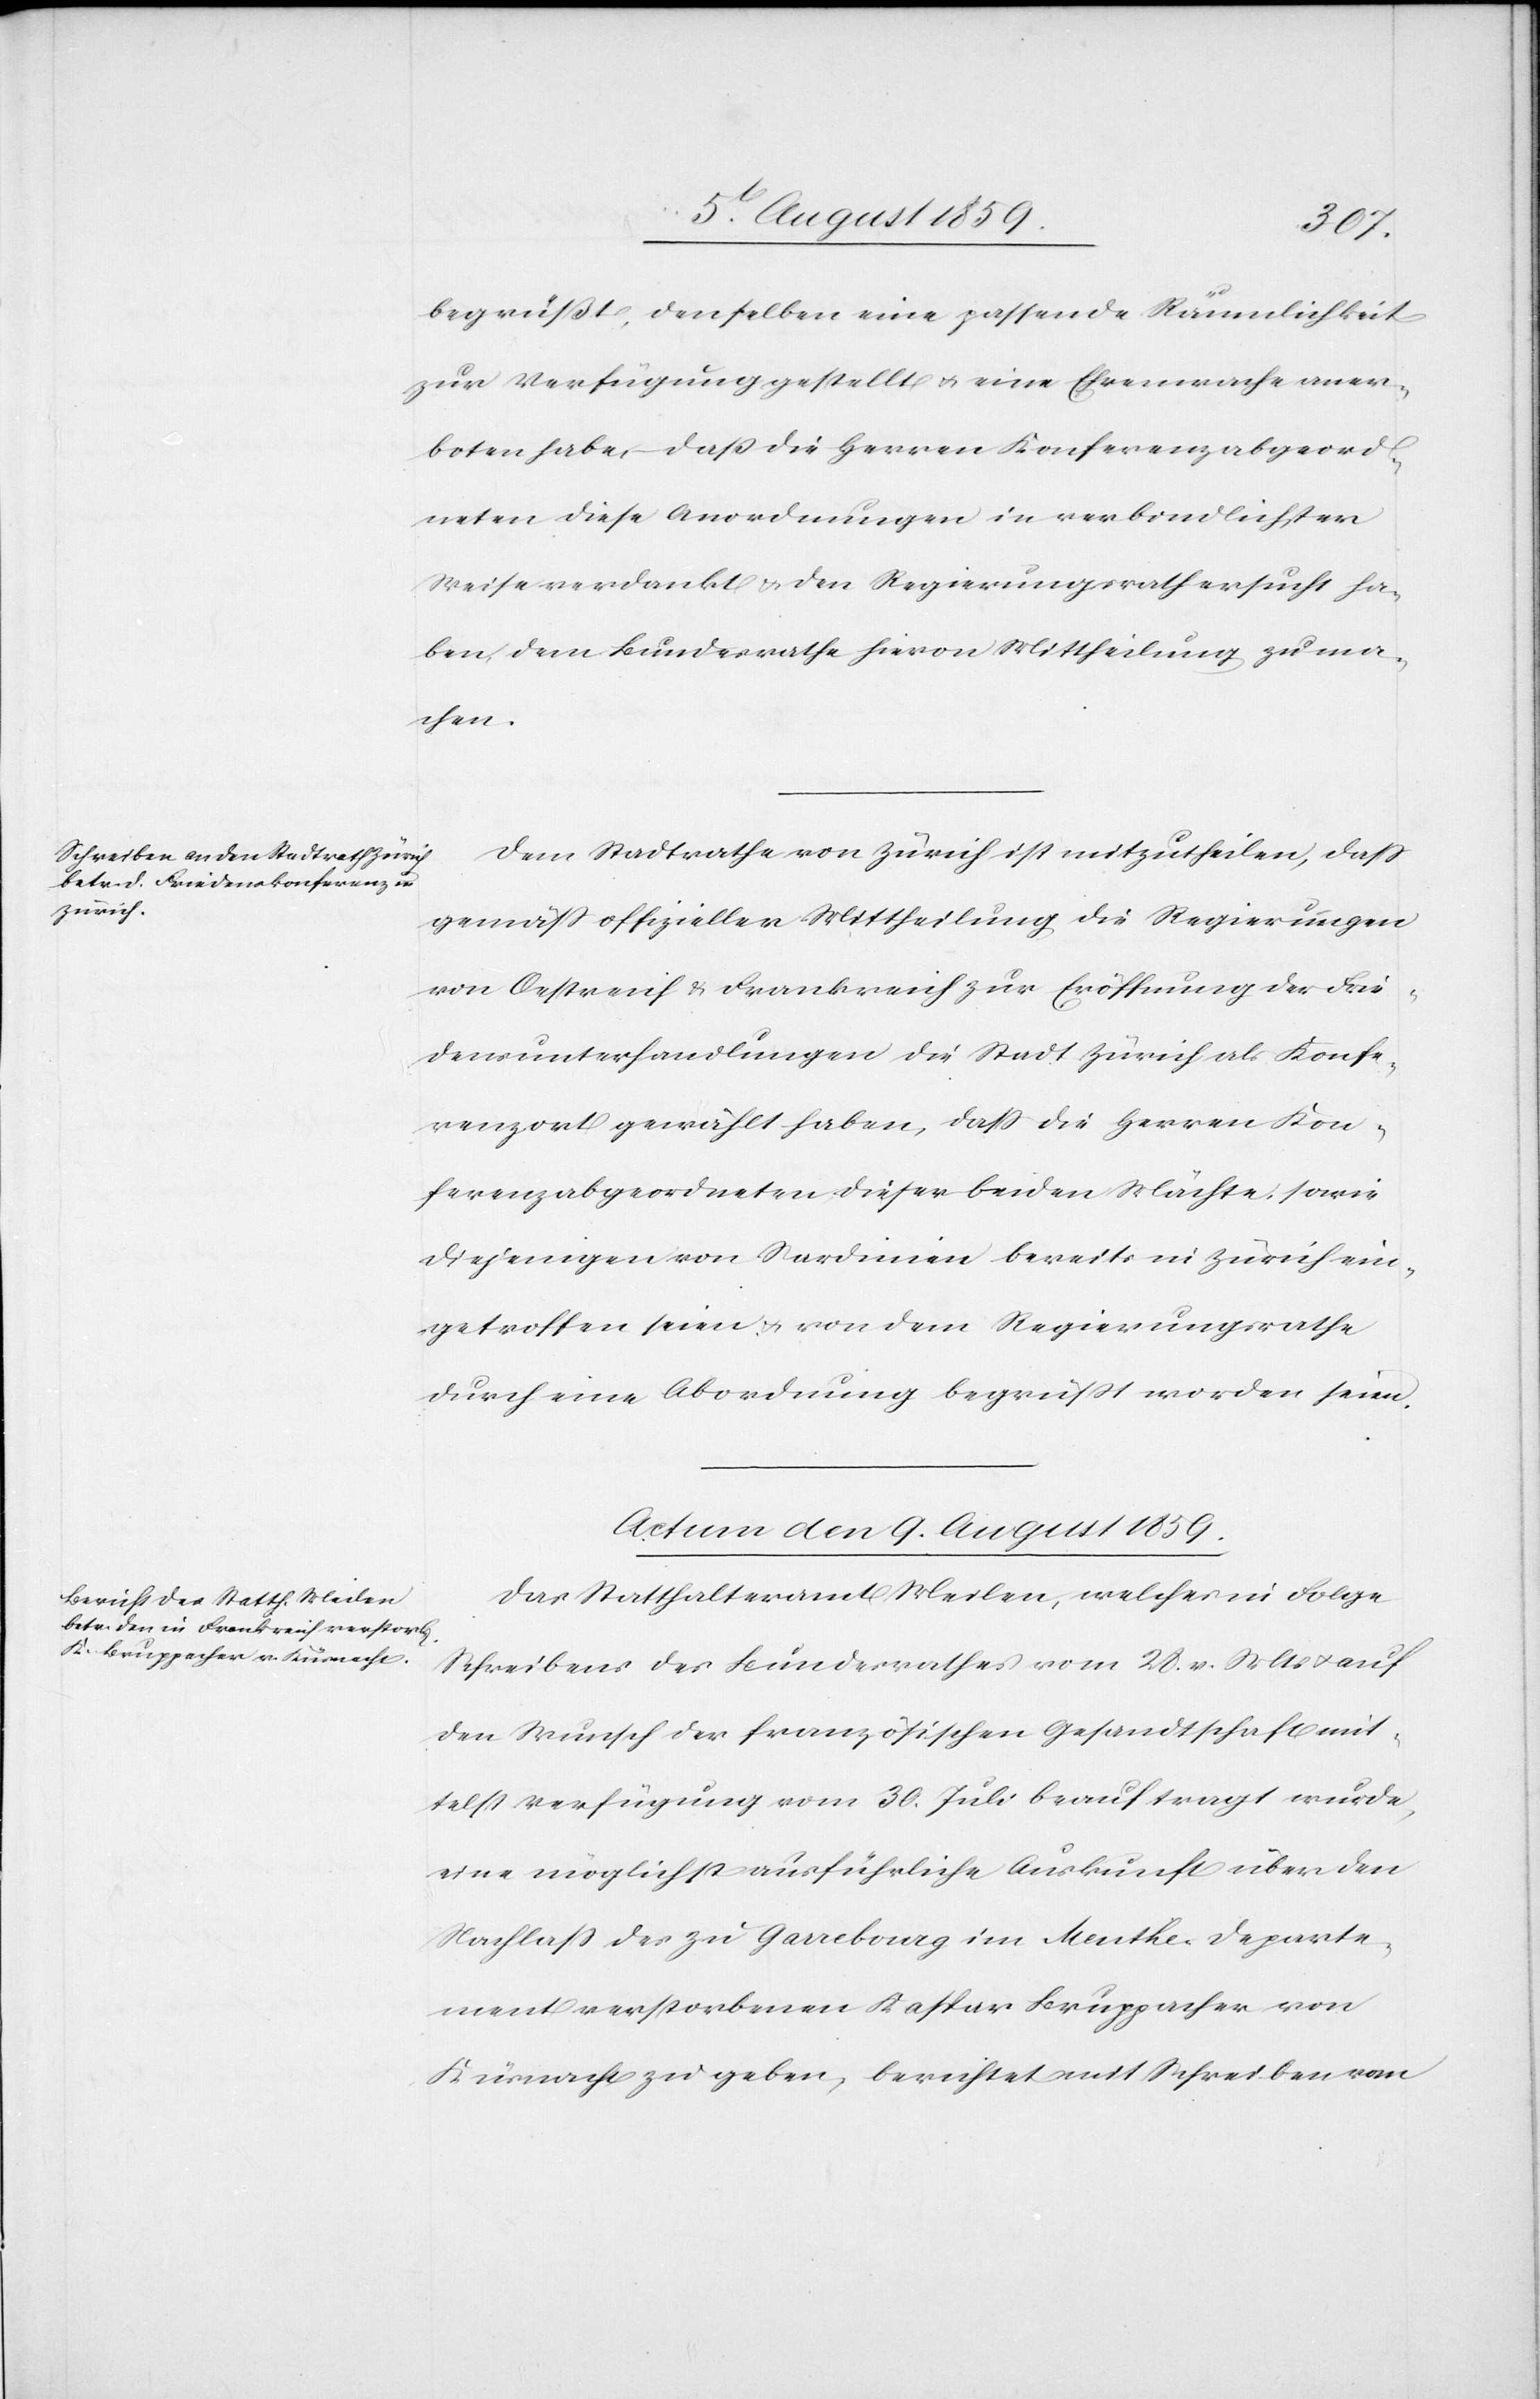
Deperte¬
begrüßt, denselben eine passende Räumlichkeit
zur Verfügung gestellt u. eine Ehrenwache aner¬
boten habe, daß die Herren Konferenzabgeord¬
neten diese Anordnungen in verbindlichster
Weise verdankt u. den Regierungsrath ersucht ha¬
ben, dem Bundesrathe hievon Mittheilung zu ma¬
chen.
Dem Stadtrathe von Zürich ist mitzutheilen, daß
gemäß offizieller Mittheilung die Regierungen
von Oestreich u. Frankreich zur Eröffnung der Frie¬
densunterhandlungen die Stadt Zürich als Konfe¬
renzort gewählt haben, daß die Herren Kon¬
ferenzabgeordneten dieser beiden Mächte sowie
diejenigen von Sardinien bereits in Zürich ein¬
getroffen seien u. von dem Regierungsrathe
durch eine Abordnung begrüßt worden seien.
Actum den 9. August 1859.
Das Statthalteramt Meilen, welches in Folge
Schreibens des Bundesrathes vom 28. v. Mts. u. auf
den Wunsch der französischen Gesandtschaft mit¬
telst Verfügung vom 30. Juli beauftragt wurde,
eine möglichst ausführliche Auskunft über den
Nachlaß des zu Garrebourg im Meuthe [recte:
ment verstorbenen Kaspar Bruppacher von
Küsnacht zu geben, berichtet mit Schreiben vom